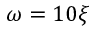
\omega = 1 0 \xi